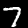
Digit: 7